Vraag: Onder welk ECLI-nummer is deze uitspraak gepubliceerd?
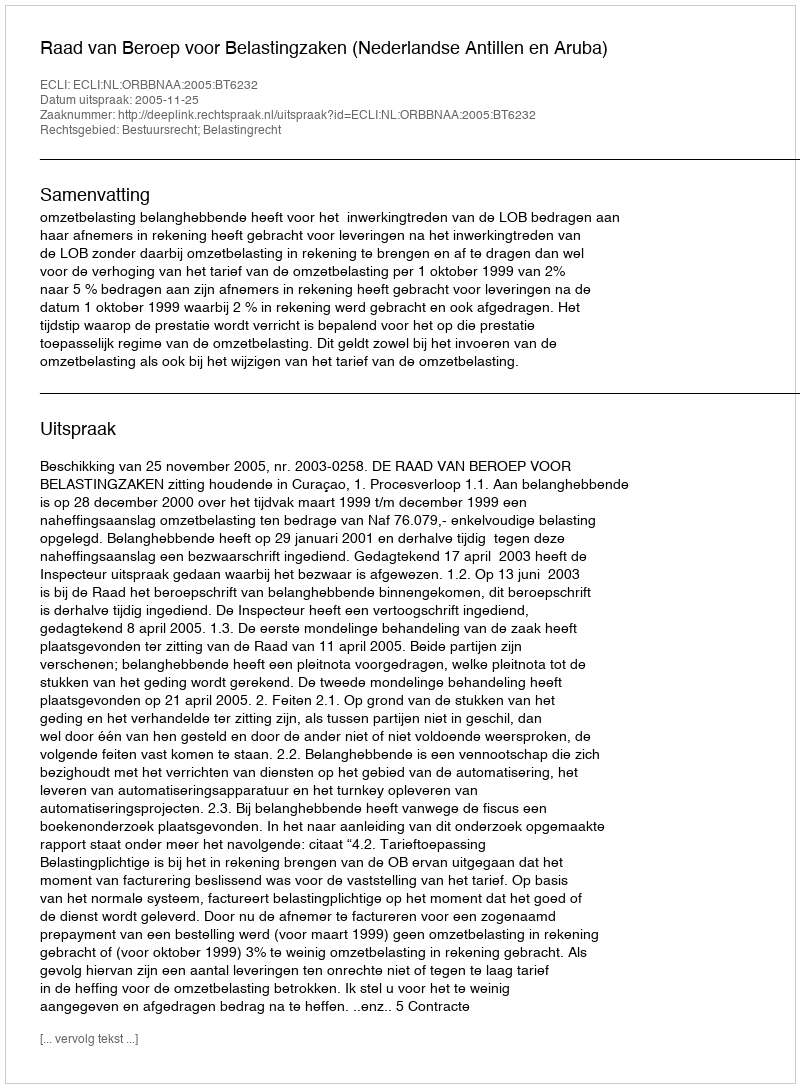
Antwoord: ECLI:NL:ORBBNAA:2005:BT6232